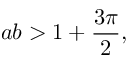
a b > 1 + { \frac { 3 \pi } { 2 } } ,